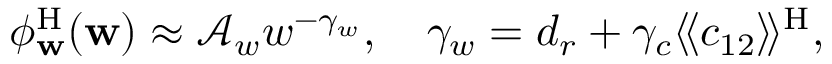
\phi _ { \mathbf { w } } ^ { \mathrm { H } } ( \mathbf { w } ) \approx \mathcal { A } _ { w } w ^ { - \gamma _ { w } } , \quad \gamma _ { w } = { d _ { r } } + \gamma _ { c } \langle \! \langle c _ { 1 2 } \rangle \! \rangle ^ { \mathrm { H } } ,